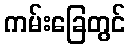
ကမ်းခြေတွင်